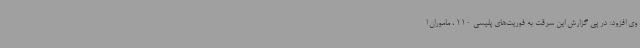
وی افزود: در پی گزارش این سرقت به فوریت‌های پلیسی 110 ، ماموران ا